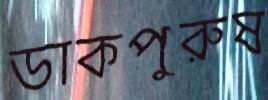
ডাকপুরুষ